Madras plague regulations and rules - Volume 2
Disease focus: Plague
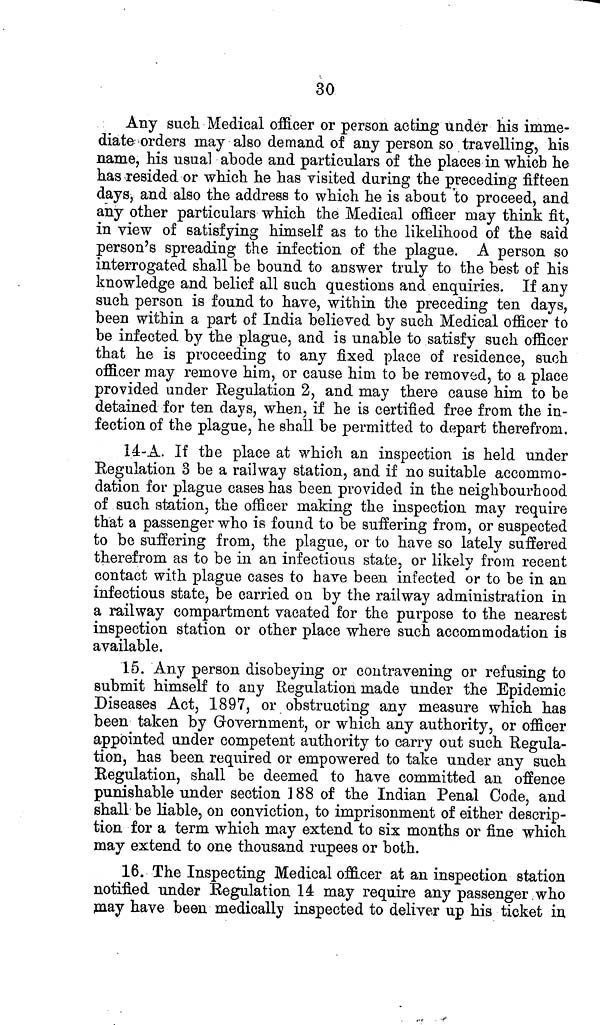
30
Any such Medical officer or person acting under Ms imme-
diate orders may also demand of any person so travelling, his
name, his usual abode and particulars of the places in which he
has resided or which he has visited during the preceding fifteen
days, and also the address to which he is about to proceed, and
any other particulars which the Medical officer may think fit,
in view of satisfying himself as to the likelihood of the said
person's spreading the infection of the plague. A person so
interrogated shall be bound to answer truly to the best of his
knowledge and belief all such questions and enquiries. If any
such person is found to have, within the preceding ten days,
been within a part of India believed by such Medical officer to
be infected by the plague, and is unable to satisfy such officer
that he is proceeding to any fixed place of residence, such
officer may remove him, or cause him to be removed, to a place
provided under Regulation 2, and may there cause him to be
detained for ten days, when, if he is certified free from the in-
fection of the plague, he shall be permitted to depart therefrom.
14-A. If the place at which an inspection is held under
Regulation 3 be a railway station, and if no suitable accommo-
dation for plague cases has been provided in the neighbourhood
of such station, the officer making the inspection may require
that a passenger who is found to be suffering from, or suspected
to be suffering from, the plague, or to have so lately suffered
therefrom as to be in an infectious state, or likely from recent
contact with plague cases to have been infected or to be in an
infectious state, be carried on by the railway administration in
a railway compartment vacated for the purpose to the nearest
inspection station or other place where such accommodation is
available.
15. Any person disobeying or contravening or refusing to
submit himself to any Regulation made under the Epidemic
Diseases Act, 1897, or obstructing any measure which has
been taken by Government, or which any authority, or officer
appointed under competent authority to carry out such Regula-
tion, has been required or empowered to take under any such
Regulation, shall be deemed to have committed an offence
punishable under section 188 of the Indian Penal Code, and
shall be liable, on conviction, to imprisonment of either descrip-
tion for a term which may extend to six months or fine which
may extend to one thousand rupees or both.
16. The Inspecting Medical officer at an inspection station
notified under Regulation 14 may require any passenger who
may have been medically inspected to deliver up his ticket in